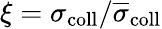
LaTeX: \xi=\sigma_{\mathrm{coll}}/\overline{{\sigma}}_{\mathrm{coll}}